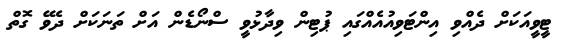
ޓީވީއަކަށް ދެއްވި އިންޓަވިއުއެއްގައި ޕުޓިން ވިދާޅުވީ ސްނޯޑެން އަށް ތަނަކަށް ދެވޭ ގޮތް